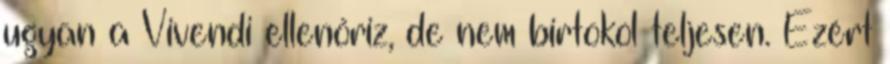
ugyan a Vivendi ellenőriz, de nem birtokol teljesen. Ezért